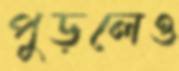
পুড়লেও